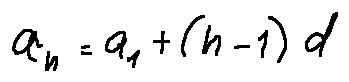
a _ { n } = a _ { 1 } + ( n - 1 ) d